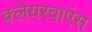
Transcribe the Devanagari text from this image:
क्लेयरवाएंस